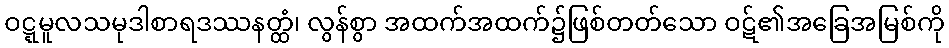
ဝဋ္ဋမူလသမုဒါစာရဒဿနတ္ထံ၊ လွန်စွာ အထက်အထက်၌ဖြစ်တတ်သော ဝဋ်၏အခြေအမြစ်ကို